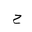
Letter: _ha